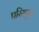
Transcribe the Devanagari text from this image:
परिस्फुट